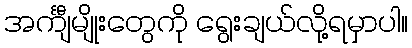
အင်္ကျီမျိုးတွေကို ရွေးချယ်လို့ရမှာပါ။